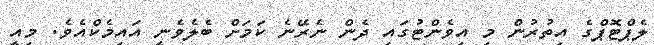
ލެޕްޓޮޕްގެ އިތުރުން މި އިވެންޓުގައި ދެން ނެރޭނެ ކަމަށް ބެލެވެނީ އައިމެކްއެވެ. މިއީ